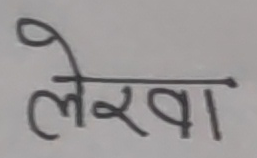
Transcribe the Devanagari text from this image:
लेखा